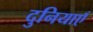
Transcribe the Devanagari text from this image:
दुनियाएँ